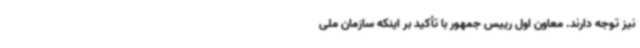
نیز توجه دارند. معاون اول رییس جمهور با تأکید بر اینکه سازمان ملی